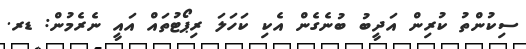
ސިކުންތު ކުރިން އަދީބު ބުނެގެން އެކި ކަހަލަ ރިޕޯޓުތައް އައީ ނެރެމުން: ޑރ.